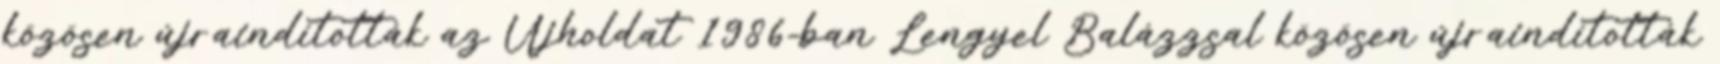
közösen újraindították az Újholdat 1986-ban Lengyel Balázzsal közösen újraindították